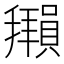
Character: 𫾖